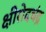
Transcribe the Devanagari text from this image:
क्षीरोदचंद्र